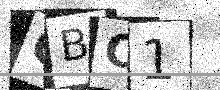
Text: OBC1